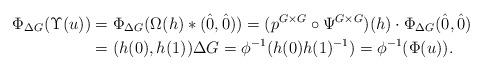
LaTeX: \begin{align*}\Phi_{\Delta G}(\Upsilon(u)) & = \Phi_{\Delta G}(\Omega(h) * (\hat{0}, \hat{0}) )= (p^{G \times G} \circ \Psi^{G \times G})(h) \cdot \Phi_{\Delta G} (\hat{0}, \hat{0})\\&=(h(0), h(1)) \Delta G =\phi^{-1}(h(0)h(1)^{-1}) = \phi^{-1}(\Phi(u)).\end{align*}